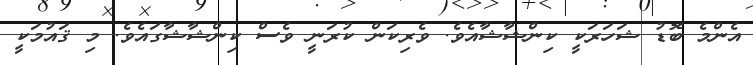
އެންމެ ބޮޑު ޝަހަރަކީ ކިންޝާޝާއެވެ. ވެރިކަން ކުރަނީ ވެސް ކިންޝާޝާގައެވެ. މި ޤައުމަކީ